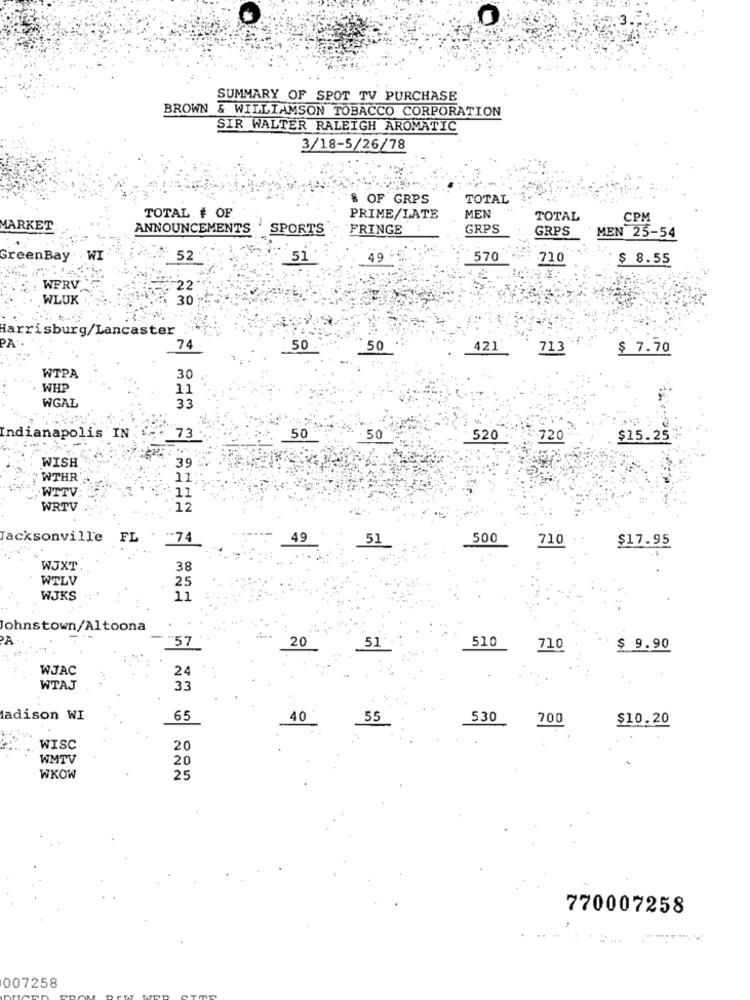
O
SUMMARY OF SPOT TV PURCHASE
BROWN & WILLIAMSON TOBACCO CORPORATION
SIR WALTER RALEIGH AROMATIC
3/18-5/26/78
& OF GRPS
TOTAL
TOTAL # OF
PRIME/LATE
MEN
TOTAL
CPM
MARKET
ANNOUNCEMENTS
SPORTS
FRINGE
GRPS
GRPS
MEN 25-54
GreenBay
WI
52
51
570
710
$ 8.55
WPRV
WLUK
30
Harrisburg/Lancaster
74
50 .
50
421
713
$ 7.70
WTPA
30
WHP
11
WGAL
33
indianapolis IN
73
50
50
520
720
$15.25
WISH
39
WTHR
11
.WTTV
11
WRTV
12
jacksonville
FL
.. 74
49
500
710
$17.95
51
WJXT
38
WTLV
25
WJKS
11
Johnstown/Altoona
20
57
51"
510
710
$ 9.90
WJAC
24
WTAJ
33
adison WI
65
40
55
530
700
$10.20
WISC
20
WMTV
20
WKOW
25
770007258
007258